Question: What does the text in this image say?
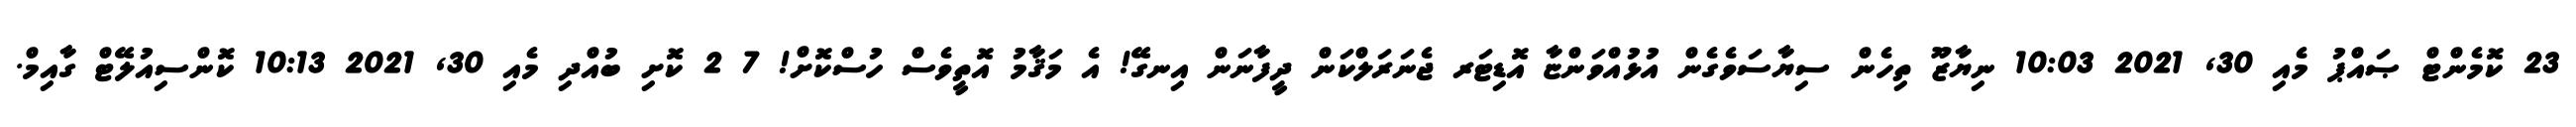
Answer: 23 ކޮމެންޓް ޞައްޕު މެއި 30, 2021 10:03 ނިޔާޒޫ ތިހެން ސިޔާސަވެގެން އުޅުއްވަންޏާ އޮޑިޓަރ ޖެނަރަލްކަން ދީފާނަން އިނގޭ! އެ މަޤާމު އޮތީވެސް ހުސްކޮށް! 7 2 ކޮށި ބުއްދި މެއި 30, 2021 10:13 ކޮންސިއުލޭޓް ގާއިމް.